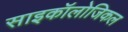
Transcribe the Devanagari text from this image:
साइकॉलोजिकल